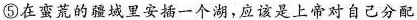
⑤在蛮荒的疆域里安插一个湖，应该是上帝对自己分配